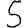
Digit: 5